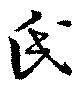
氏